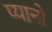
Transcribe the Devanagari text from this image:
प्यानो